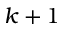
k + 1